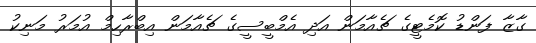
ގާޒާ ފަންޑު ކޮމެޓީގެ ޗެއާމަން އަދި އެމްބީސީގެ ޗެއާމަން އިބްރާހިމް އުމަރު މަނިކު